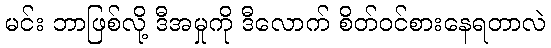
မင်း ဘာဖြစ်လို့ ဒီအမှုကို ဒီလောက် စိတ်ဝင်စားနေရတာလဲ